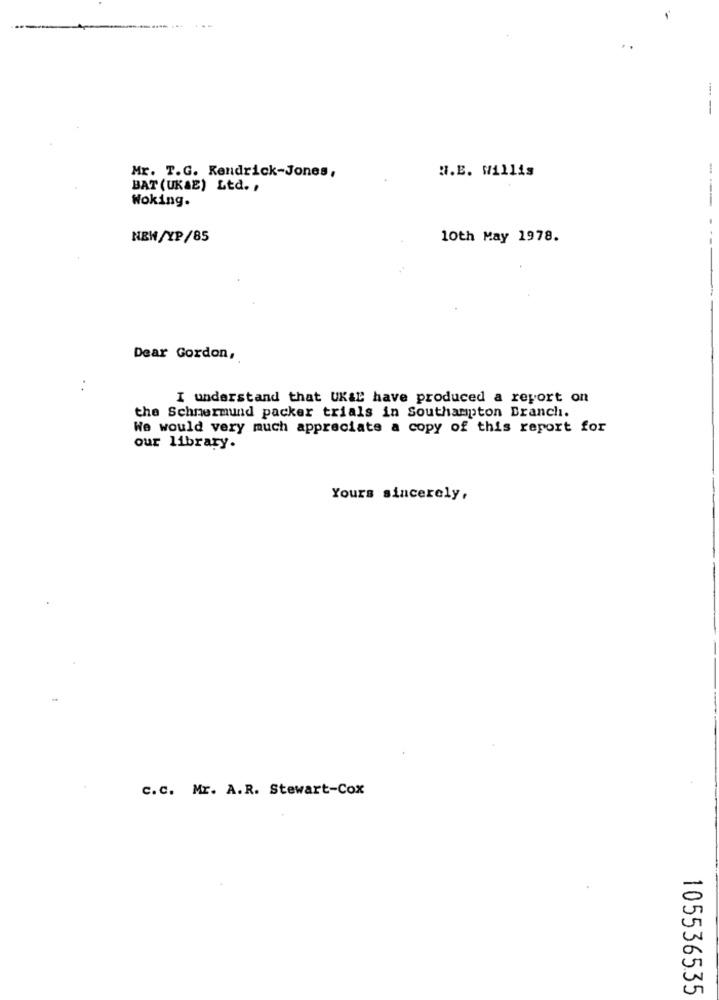
--- -
N.E. Willis
Mr. T.G. Kendrick-Jones,
BAT (UKAE) Ltd. ,
Woking.
---
NEW/YP/85
10th May 1978.
Dear Gordon,
I understand that UK&E have produced a report on
the Schnermund packer trials in Southampton Branch.
We would very much appreciate a copy of this report for
our library.
Yours sincerely,
c.c. Mr. A.R. Stewart-Cox
105536535